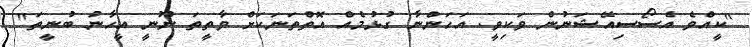
"ކީއްވެ އެސޯސިއޭޝަނުން ވަކިވީ. އަހަންނާ ގުޅުމެއް އޮތްތަނަކަށް ވާތީތަ ނޫނީ އީހާނު ބުނީތަ"